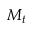
M _ { t }